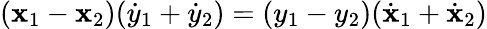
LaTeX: (\mathbf{x}_{1}-\mathbf{x}_{2})({\dot{{y}}}_{1}+{\dot{{y}}}_{2})=(y_{1}-y_{2})({\dot{{\mathbf{x}}}}_{1}+{\dot{{\mathbf{x}}}}_{2})